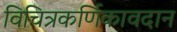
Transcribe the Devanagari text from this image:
विचित्रकर्णिकावदान